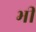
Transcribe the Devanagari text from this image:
भी